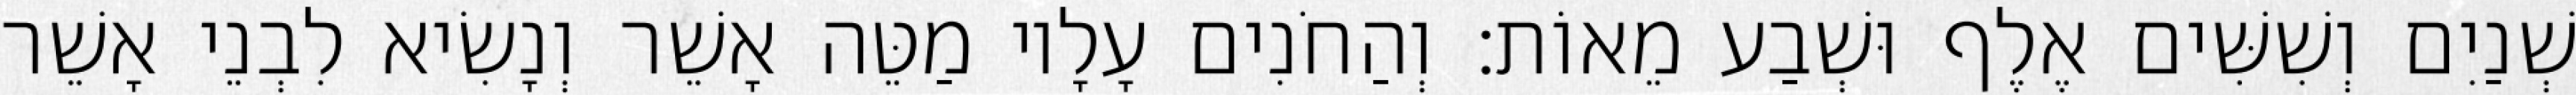
שְׁנַיִם וְשִׁשִּׁים אֶלֶף וּשְׁבַע מֵאוֹת׃ וְהַחֹנִים עָלָיו מַטֵּה אָשֵׁר וְנָשִׂיא לִבְנֵי אָשֵׁר